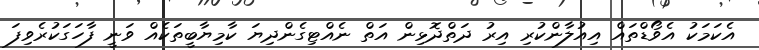
އެކަމަކު އެވޯޑްތައް އިއުލާންކުރި އިރު ދަތްދޮޅިން އަތް ނެއްޓިގެންދިޔަ ކާމިޔާބީތަކެއް ވަނީ ފާހަގަކުރެވިފަ